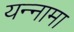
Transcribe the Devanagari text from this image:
यन्‍नामा